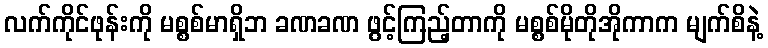
လက်ကိုင်ဖုန်းကို မစ္စစ်မာရှိဘ ခဏခဏ ဖွင့်ကြည့်တာကို မစ္စစ်မိုတိုအိုကာက မျက်စိနဲ့